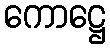
ကောဋ္ဌေ